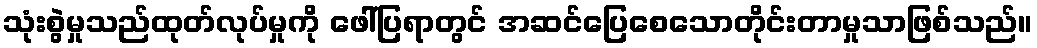
သုံးစွဲမှုသည်ထုတ်လုပ်မှုကို ဖေါ်ပြရာတွင် အဆင်ပြေစေသောတိုင်းတာမှုသာဖြစ်သည်။